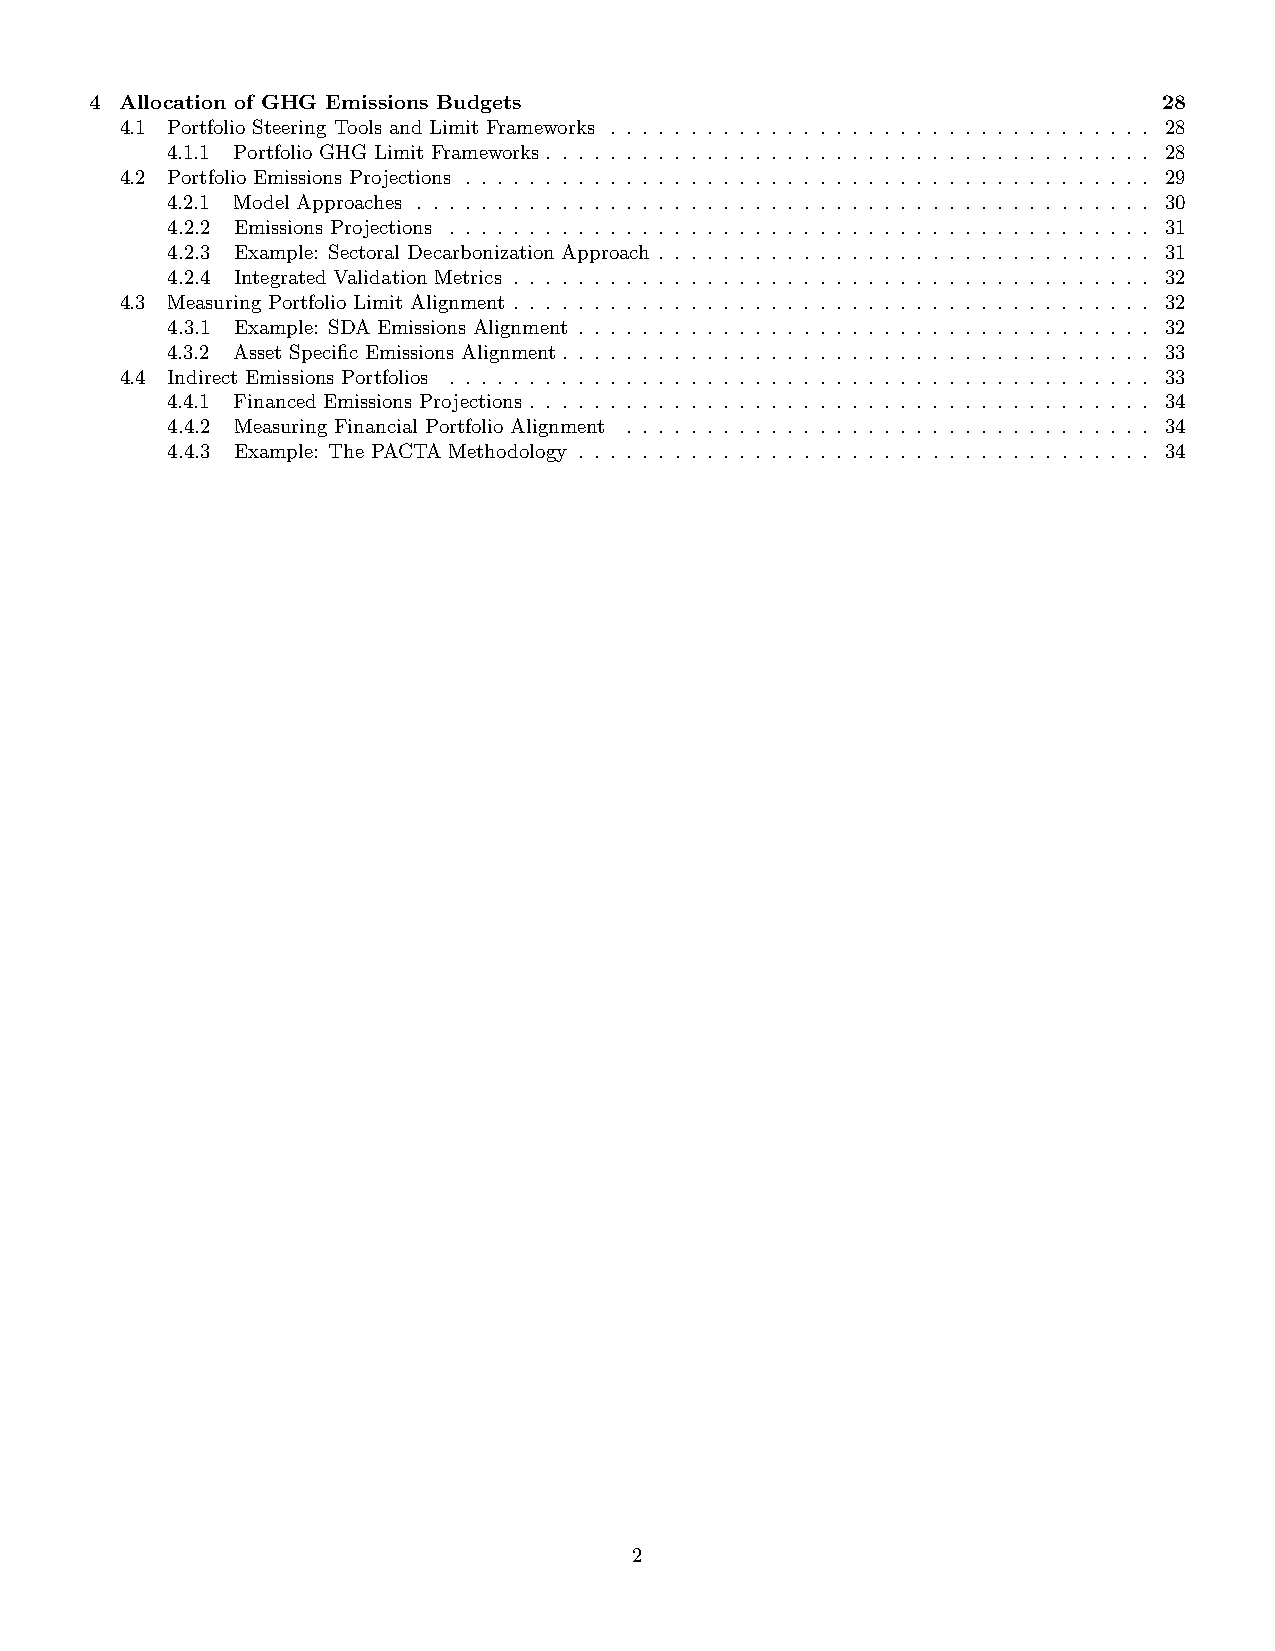
4 Allocation of GHG Emissions Budgets                                  28
 4.1 Portfolio Steering Tools and Limit Frameworks . . . . . . . . . . . . . . . . . . . . . . . . . . . . . . . . . . 28
 4.1.1 Portfolio GHG Limit Frameworks. . . . . . . . . . . . . . . . . . . . . . . . . . . . . . . . . . . . . . 28
 4.2 Portfolio Emissions Projections . . . . . . . . . . . . . . . . . . . . . . . . . . . . . . . . . . . . . . . . . . . 29
 4.2.1 Model Approaches . . . . . . . . . . . . . . . . . . . . . . . . . . . . . . . . . . . . . . . . . . . . . . 30
 4.2.2 Emissions Projections . . . . . . . . . . . . . . . . . . . . . . . . . . . . . . . . . . . . . . . . . . . . 31
 4.2.3 Example: Sectoral Decarbonization Approach . . . . . . . . . . . . . . . . . . . . . . . . . . . . . . . 31
 4.2.4 Integrated Validation Metrics . . . . . . . . . . . . . . . . . . . . . . . . . . . . . . . . . . . . . . . . 32
 4.3 Measuring Portfolio Limit Alignment . . . . . . . . . . . . . . . . . . . . . . . . . . . . . . . . . . . . . . . . 32
 4.3.1 Example: SDA Emissions Alignment . . . . . . . . . . . . . . . . . . . . . . . . . . . . . . . . . . . . 32
 4.3.2 Asset Specific Emissions Alignment. . . . . . . . . . . . . . . . . . . . . . . . . . . . . . . . . . . . . 33
 4.4 Indirect Emissions Portfolios . . . . . . . . . . . . . . . . . . . . . . . . . . . . . . . . . . . . . . . . . . . . 33
 4.4.1 Financed Emissions Projections . . . . . . . . . . . . . . . . . . . . . . . . . . . . . . . . . . . . . . . 34
 4.4.2 Measuring Financial Portfolio Alignment . . . . . . . . . . . . . . . . . . . . . . . . . . . . . . . . . 34
 4.4.3 Example: The PACTA Methodology . . . . . . . . . . . . . . . . . . . . . . . . . . . . . . . . . . . . 34
 2